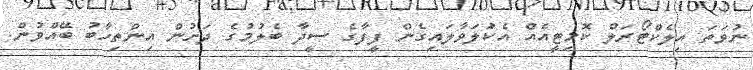
ނުވަތަ އިލެކްޓޯރަލް ކޮމިޓީއެއް އެކުަލަވާލައިގެން ފީފާގެ ސީދާ ބެލުމުގެ ދަށުން އިންތިހާބު ބޭއްވުން.